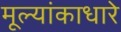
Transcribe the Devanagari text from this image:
मूल्यांकाधारे